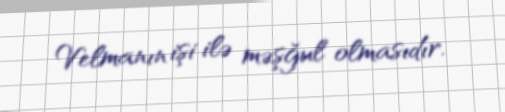
Velmanın işi ilə məşğul olmasıdır.